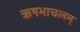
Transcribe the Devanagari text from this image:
ऋषभाचलम्